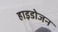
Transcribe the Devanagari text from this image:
हाइडोजन